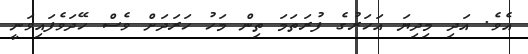
އެވެ. އަދި މިދިޔަ އަހަރުގެ ފުރަތަމަ ތިން މަހު ހަރަދަށް ވެސް ހޭދަވެފައިވަނީ